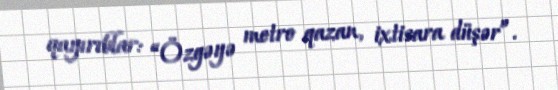
qayırıblar: “Özgəyə metro qazan, ixtisara düşər”.